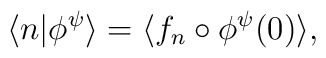
\langle n|\phi^{\psi}\rangle=\langle f_{n}\circ\phi^{\psi}(0)\rangle,